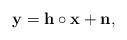
LaTeX: \begin{align*}\mathbf{y} = \mathbf{h} \circ \mathbf{x}+\mathbf{n},\end{align*}